Regulations for the medical services of the Army of India
Year: 1930
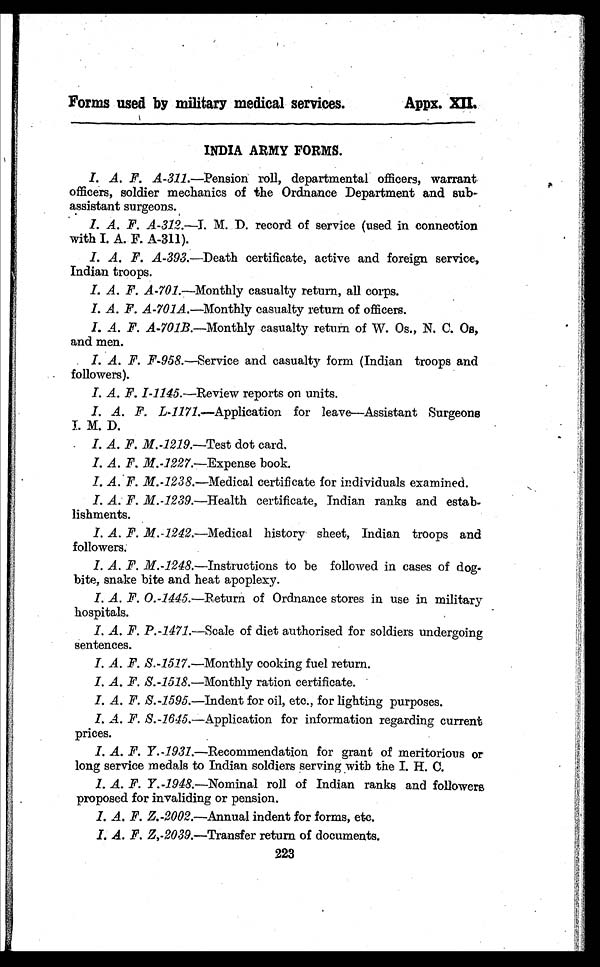
Forms used by military medical services.
Appx. XII,
INDIA ARMY FORMS.
I. A. F. A-311 .—Pension roll, departmental officers, warrant
officers, soldier mechanics of the Ordnance Department and sub-
assistant surgeons.
I. A. F. A-312.—I. M. D. record of service (used in connection
with I. A. F. A-311).
I. A. F. A-393.—Death certificate, active and foreign service,
Indian troops.
I. A. F. A-701.—Monthly casualty return, all corps.
I. A. F. A-701A .—Monthly casualty return of officers.
I. A. F. A-701B.—Monthly casualty return of W. Os., N. C. Os,
and men.
I. A. F. F-958. —Service and casualty form (Indian troops and
followers).
I. A. F. I -1145. —Review reports on units.
I. A. F. L-1171 .—Application for leave—Assistant Surgeons
I. M. D.
I. A. F. M.-1219.—Test dot card.
I. A. F. M.-1227.—Expense book.
I. A. F. M.-1238.—Medical certificate for individuals examined.
I. A. F. M.-1239.—Health certificate, Indian ranks and estab-
lishments.
I. A. F. M.-1242.—Medical history sheet, Indian troops and
followers.
I. A. F. M.-1248.—Instructions to be followed in cases of dog-
bite, snake bite and heat apoplexy.
I. A. F. O.-1445.—Return of Ordnance stores in use in military
hospitals.
I. A. F. P.-1471 .—Scale of diet authorised for soldiers undergoing
sentences.
I. A. F. S.-1517.—Monthly cooking fuel return.
I. A. F. S. -1518.—Monthly ration certificate.
I. A. F. S.-1595.—Indent for oil, etc., for lighting purposes.
I. A. F. S.-1645.—Application for information regarding current
prices.
I. A. F. Y.-1931.—Recommendation for grant of meritorious or
long service medals to Indian soldiers serving with the I. H. C.
I. A. F. Y.-1948. —Nominal roll of Indian ranks and followers
proposed for invaliding or pension.
I. A. F. Z.-2002.—Annual indent for forms, etc.
I. A. F. Z,-2039.—Transfer return of documents.
223